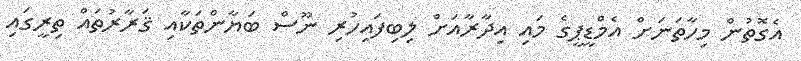
އެގޮތުން މިހާތަނަށް އެމްޑީޕީގެ މައި އިދާރާއަށް ލިބިފައިހުރި ނޫސް ބަޔާންތަކާއި ޤަރާރުތައް ތިރީގައި